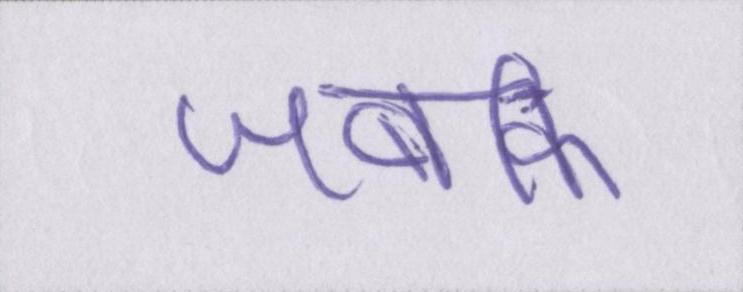
जबकि